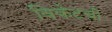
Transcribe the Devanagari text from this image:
विकेटची